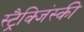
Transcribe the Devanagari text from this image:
स्ट्रैक्जिंस्की